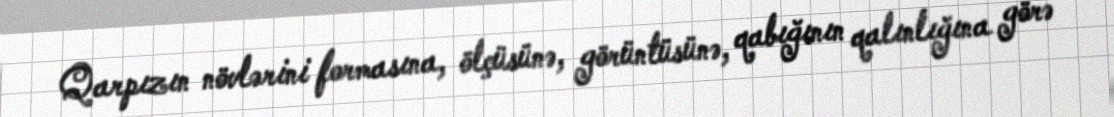
Qarpızın növlərini formasına, ölçüsünə, görüntüsünə, qabığının qalınlığına görə